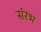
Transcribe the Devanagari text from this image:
संरभ